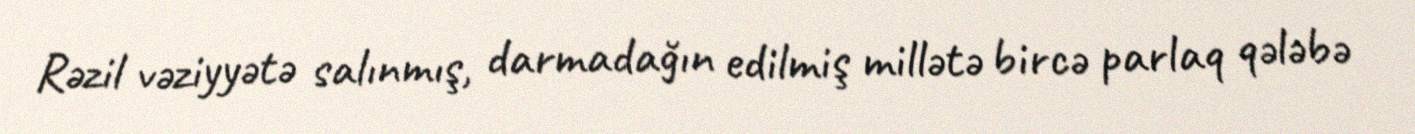
Rəzil vəziyyətə salınmış, darmadağın edilmiş millətə bircə parlaq qələbə